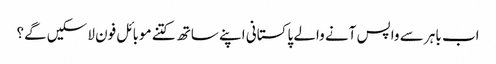
اب باہر سے واپس آنے والے پاکستانی اپنے ساتھ کتنے موبائل فون لاسکیں گے؟